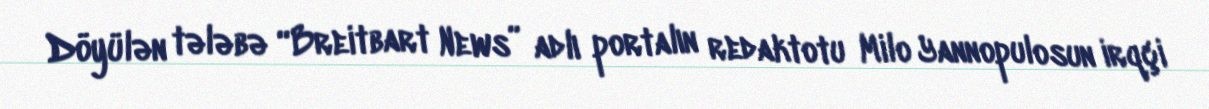
Döyülən tələbə “Breitbart News” adlı portalın redaktotu Milo Yannopulosun irqçi